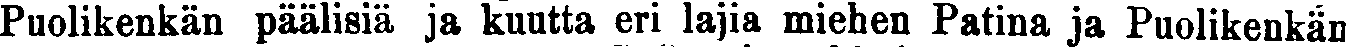
Puolikenkän päälisiä ja kuutta eri lajia miehen Patina ja Puolikenkän